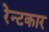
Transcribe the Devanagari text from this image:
रेन्टकार